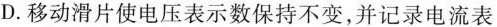
D.移动滑片使电压表示数保持不变，并记录电流表